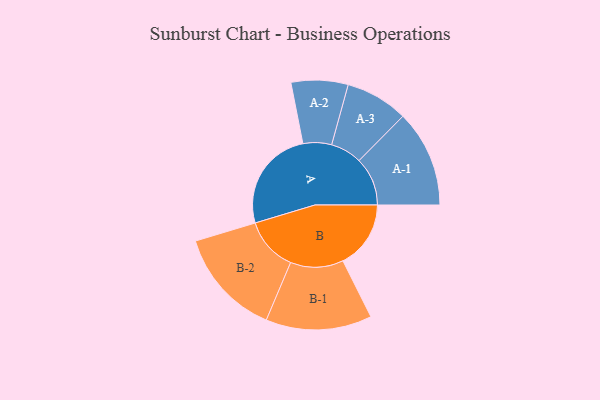
{"axis": {"x": "Segment", "y": "Value"}, "legend": ["", "A", "B"], "data": [{"x": "A", "y": 496, "type": ""}, {"x": "B", "y": 329, "type": ""}, {"x": "A-1", "y": 235, "type": "A"}, {"x": "A-2", "y": 138, "type": "A"}, {"x": "A-3", "y": 152, "type": "A"}, {"x": "B-1", "y": 257, "type": "B"}, {"x": "B-2", "y": 261, "type": "B"}]}